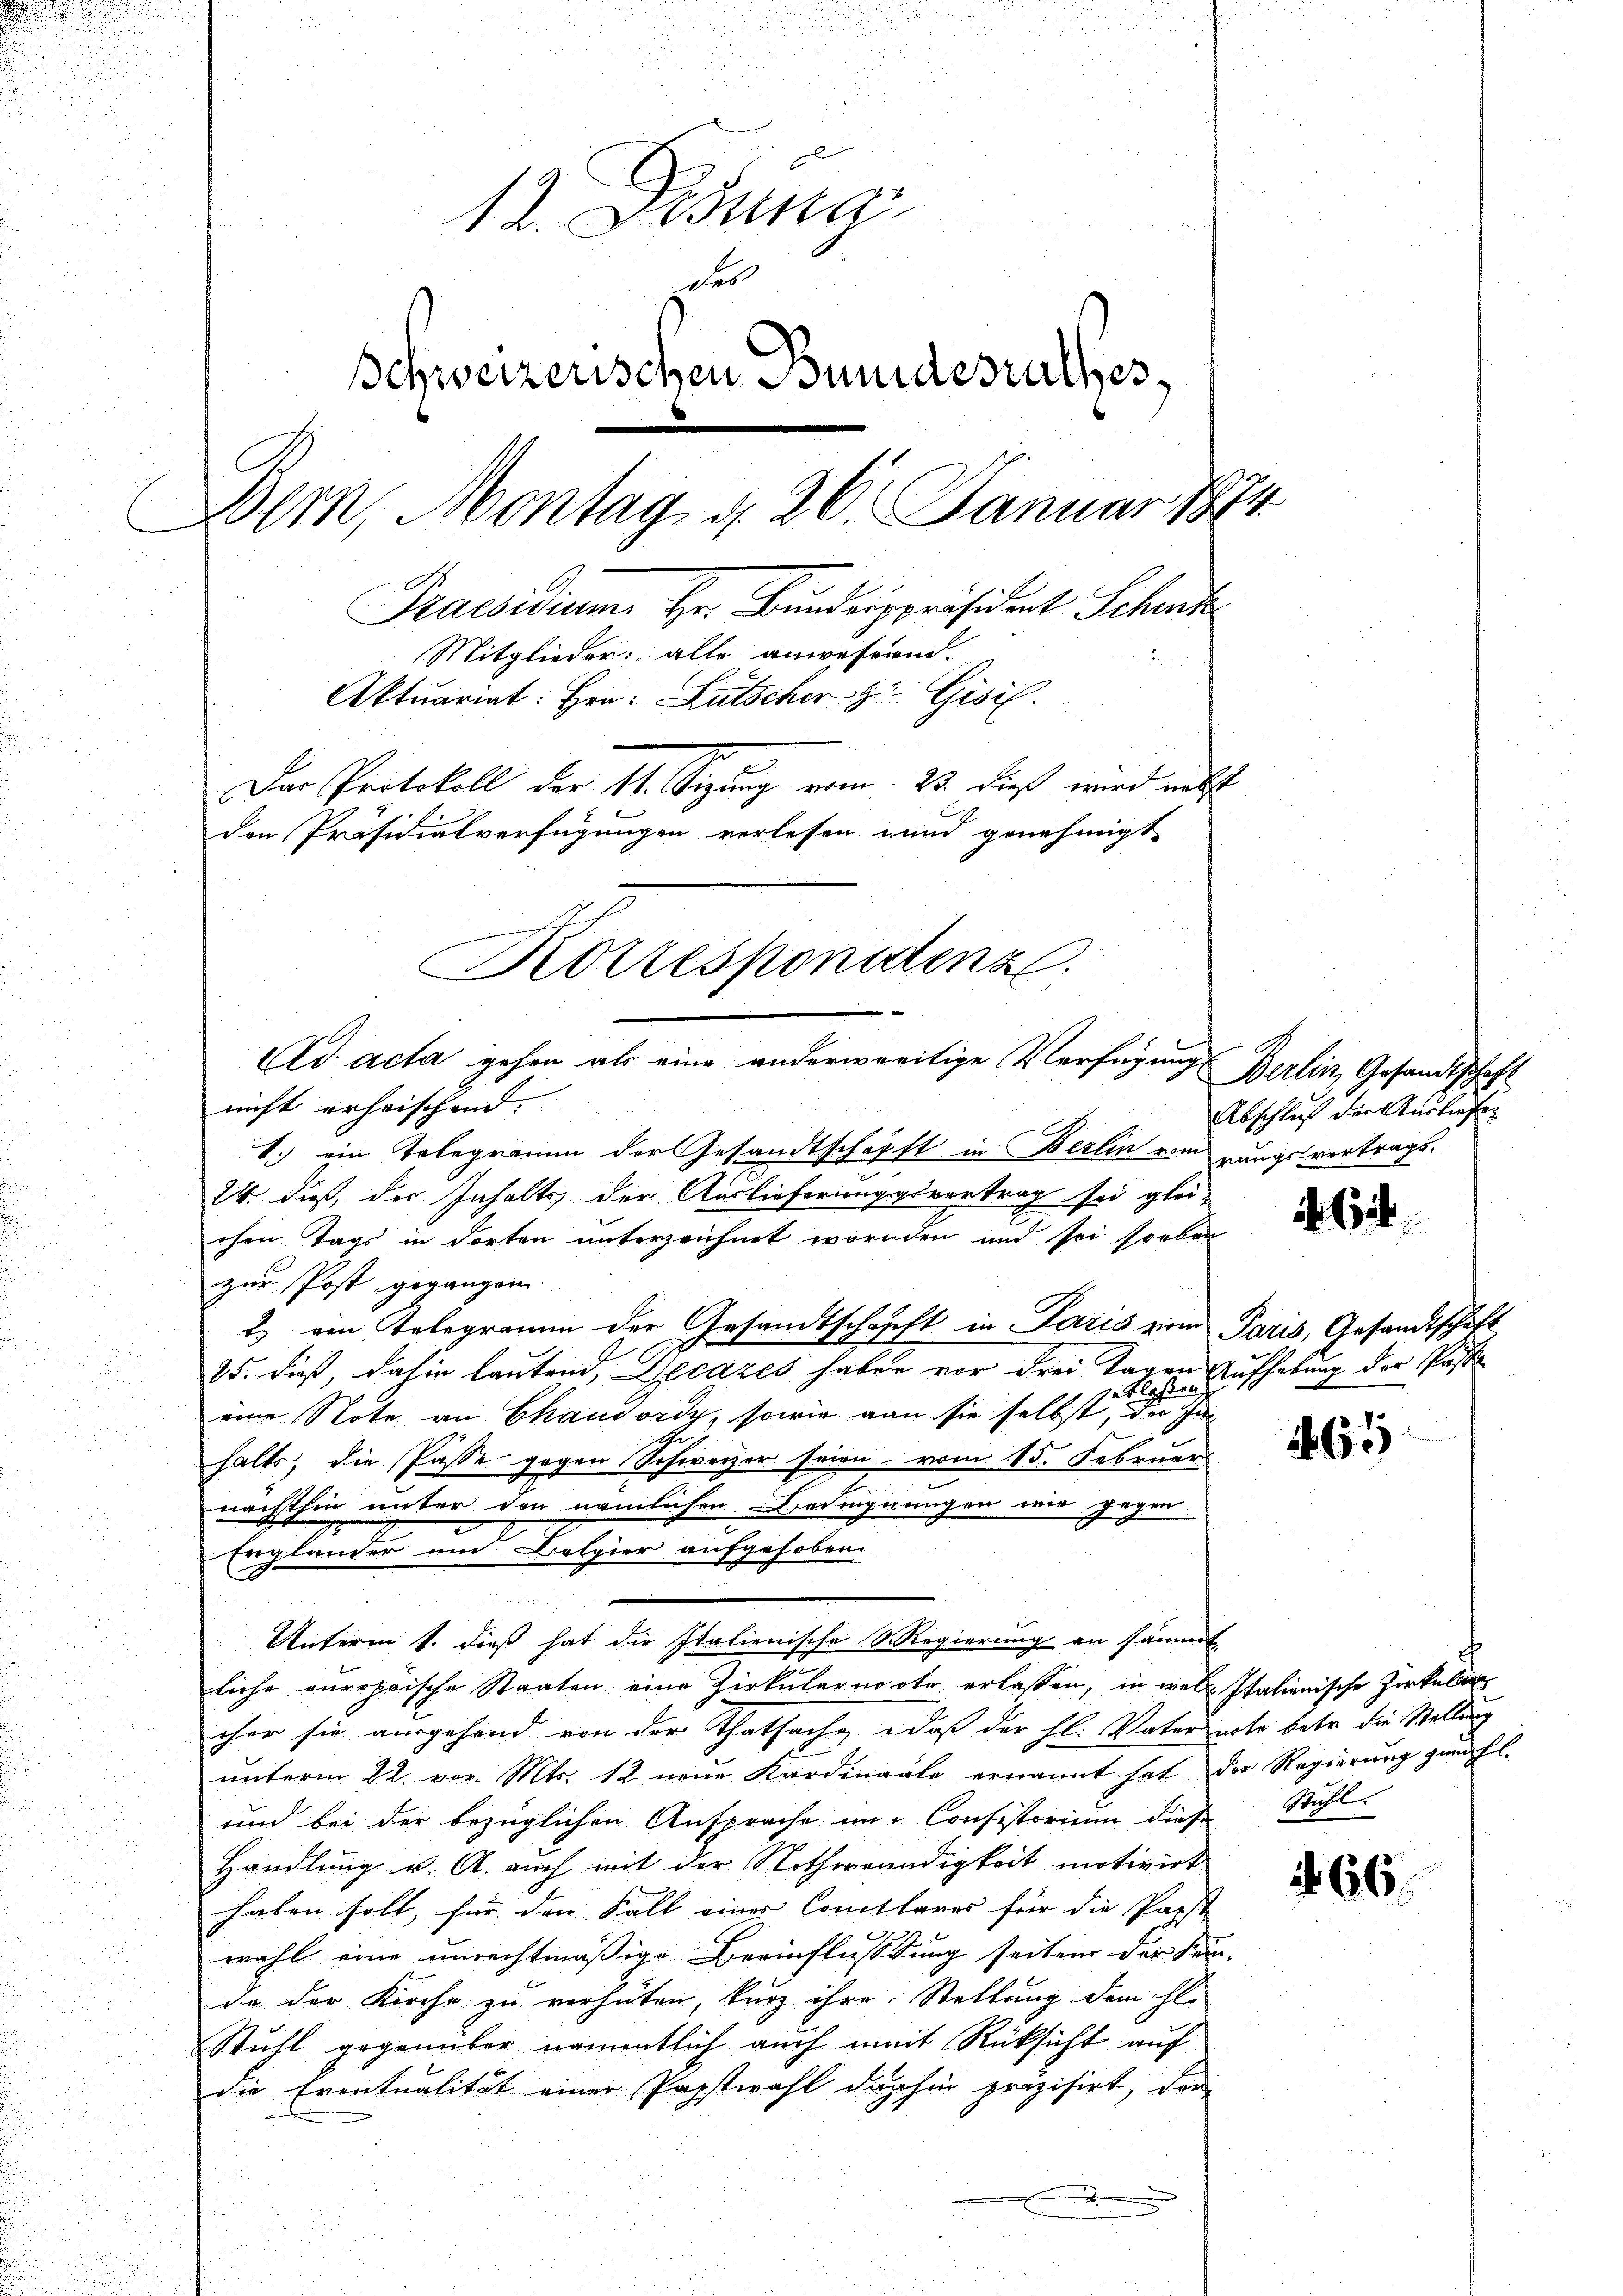
.
12. Februar
des
Schweizerischen Bundesrathes,
Der, Montag, d. 26. Januar 1874
Praesidium, Hr. Bunderspräsident Schat
Mitglieder: alle anwesenen.
Aktuariat: Hrn. Lütscher zu Gisil.
Der Protokoll der 11. Sizung vom 23. dieß wird nebst
den Präsidialverfügungen verlesen und genehmigt.
Korrespondenz
Ad acta gehen als eine anderweitige Verfügung Berlin, Gesandtschaft

nicht erheischend. |
1.) ein Telegramm der Gesandtschafft in Berlin vom rungsvertrags¬
24 dieß, der Inhalts der Auslieferungsvertrag sei glei-
chen Tags in dorten unterzeichnet worden und sei soeben
zur Post gegangen.
2) von Telegramm der Gesandtschafft in Paris zum Paris, Gesandtschaft
25. dieß, dahin lautend, Decazes haben vor drei Tagen Aufhebung der Past
zuklassen
eine Note an Skandordy, sowie von sie selbst, der In
h
halts, die Pässe gegen Schweizer seien vom 15. Februar
nächsthin unter den nämlichen Ferdingungen wir gegen
Unterm 1. dieß hat die Italienische Regierung an sämmt
liche auropäische Staaten eine Zirkularnoote erlassen, in welch Italienische Zirkel
cher sie ausgehand von der Thatsache daß der hl. Vater unter betr. die Stellung
ŭnterm 22. vor. Mts. 12 neue Kardinaale ernannt hat der Regierŭng zŭm hl.
und bei der bezüglichen Ansprache im Consistorium diese Stühl
Handlung v. A. auch mit der Nothwendigkeit motivirt
haben soll, für den Fall einer Concllares für die Papst
wahl eine unrechtmäßige Beeinflussung seiten der Kande der Kirche zu verhüten, kurz ihre Stellung dem hl.
Stuhl gegenüber namentlich auch mit Rücksicht auf
die Eventualität einer Papstwahl dahin präzisirt, der

Ergländer um Belgier aufgehoben.

Abschluß der Ausliefe

4

165

66